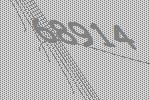
68914